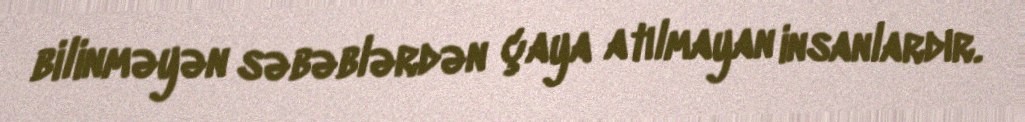
bilinməyən səbəblərdən çaya atılmayan insanlardır.